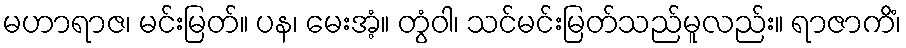
မဟာရာဇ၊ မင်းမြတ်။ ပန၊ မေးအံ့။ တွံဝါ၊ သင်မင်းမြတ်သည်မူလည်း။ ရာဇာကိံ၊